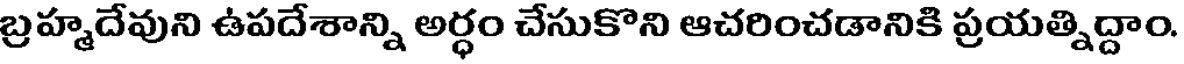
బ్రహ్మదేవుని ఉపదేశాన్ని అర్ధం చేసుకొని ఆచరించడానికి ప్రయత్నిద్దాం